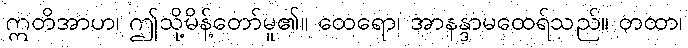
ဣတိအာဟ၊ ဤသို့မိန့်တော်မူ၏။ ထေရော၊ အာနန္ဒာမထေရ်သည်။ တထာ၊